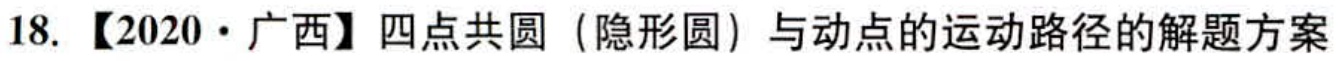
18. 【2020·广西】四点共圆（隐形圆）与动点的运动路径的解题方案